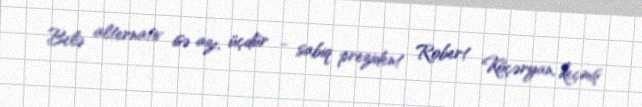
Belə alternativ isə azı, üçdür - sabiq prezident Robert Köçəryan, keçmiş